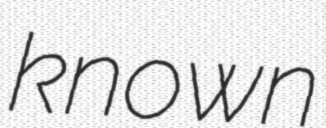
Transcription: known